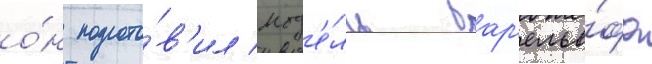
о́н подгото́в'ил мод'е́ль бар'елье́фа